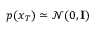
p ( x _ { T } ) \simeq \mathcal { N } ( 0 , \mathbf { I } )